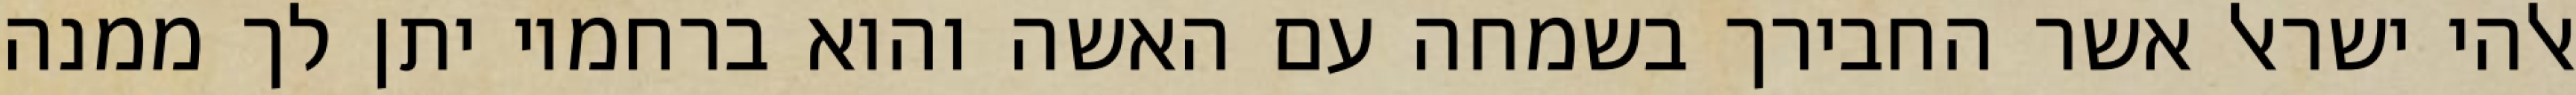
אלהי ישראל אשר החבירך בשמחה עם האשה והוא ברחמיו יתן לך ממנה